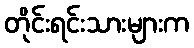
တိုင်းရင်းသားများက